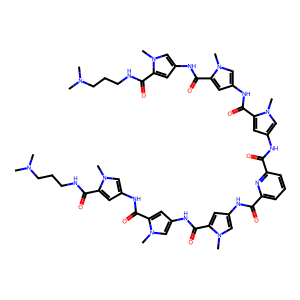
SMILES: CN(C)CCCNC(=O)c1cc(NC(=O)c2cc(NC(=O)c3cc(NC(=O)c4cccc(C(=O)Nc5cc(C(=O)Nc6cc(C(=O)Nc7cc(C(=O)NCCCN(C)C)n(C)c7)n(C)c6)n(C)c5)n4)cn3C)cn2C)cn1C
Inhibits HIV replication: No